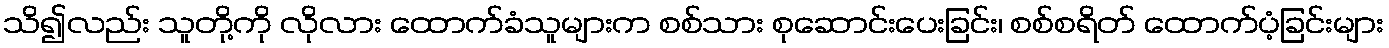
သိ၍လည်း သူတို့ကို လိုလား ထောက်ခံသူများက စစ်သား စုဆောင်းပေးခြင်း၊ စစ်စရိတ် ထောက်ပံ့ခြင်းများ